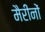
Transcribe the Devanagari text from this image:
मैरीनों